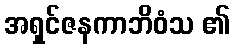
အရှင်ဇနကာဘိဝံသ ၏